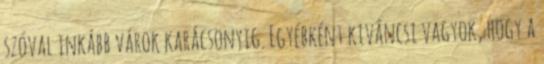
szóval inkább várok karácsonyig. Egyébként kiváncsi vagyok, hogy a